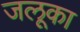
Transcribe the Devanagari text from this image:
जलूका